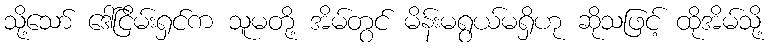
သို့သော် ဒေါ်ငြိမ်းရှင်က သူမတို့ အိမ်တွင် မိန်းမရွယ်မရှိဟု ဆိုသဖြင့် ထိုအိမ်သို့